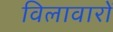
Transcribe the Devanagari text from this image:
विलावारों